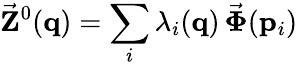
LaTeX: \vec{\mathbf Z}^{0}({\mathbf q})=\sum_{i}\lambda_{i}({\mathbf q})\, \vec{\boldsymbol{\Phi}}({\mathbf p}_{i})